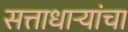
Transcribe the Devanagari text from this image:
सत्ताधाऱ्यांचा